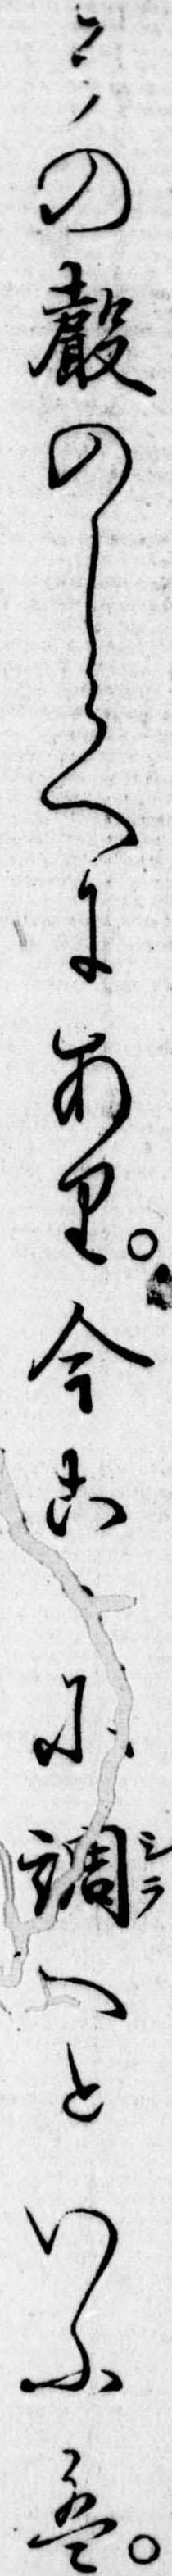
その声のしらへにあり今こゝに調へといふは